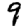
Digit: 9